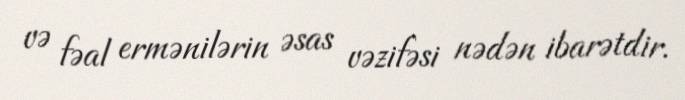
və fəal ermənilərin əsas vəzifəsi nədən ibarətdir.